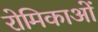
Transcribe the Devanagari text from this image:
रोमिकाओं